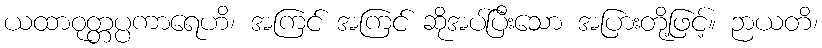
ယထာဝုတ္တပ္ပကာရေဟိ၊ အကြင် အကြင် ဆိုအပ်ပြီးသော အပြားတို့ဖြင့်။ ဉာယတိ၊